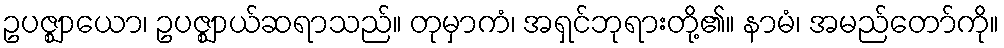
ဥပဇ္ဈာယော၊ ဥပဇ္ဈာယ်ဆရာသည်။ တုမှာကံ၊ အရှင်ဘုရားတို့၏။ နာမံ၊ အမည်တော်ကို။